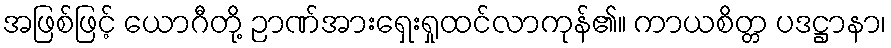
အဖြစ်ဖြင့် ယောဂီတို့ ဉာဏ်အားရှေးရှုထင်လာကုန်၏။ ကာယစိတ္တ ပဒဋ္ဌာနာ၊